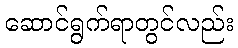
ဆောင်ရွက်ရာတွင်လည်း